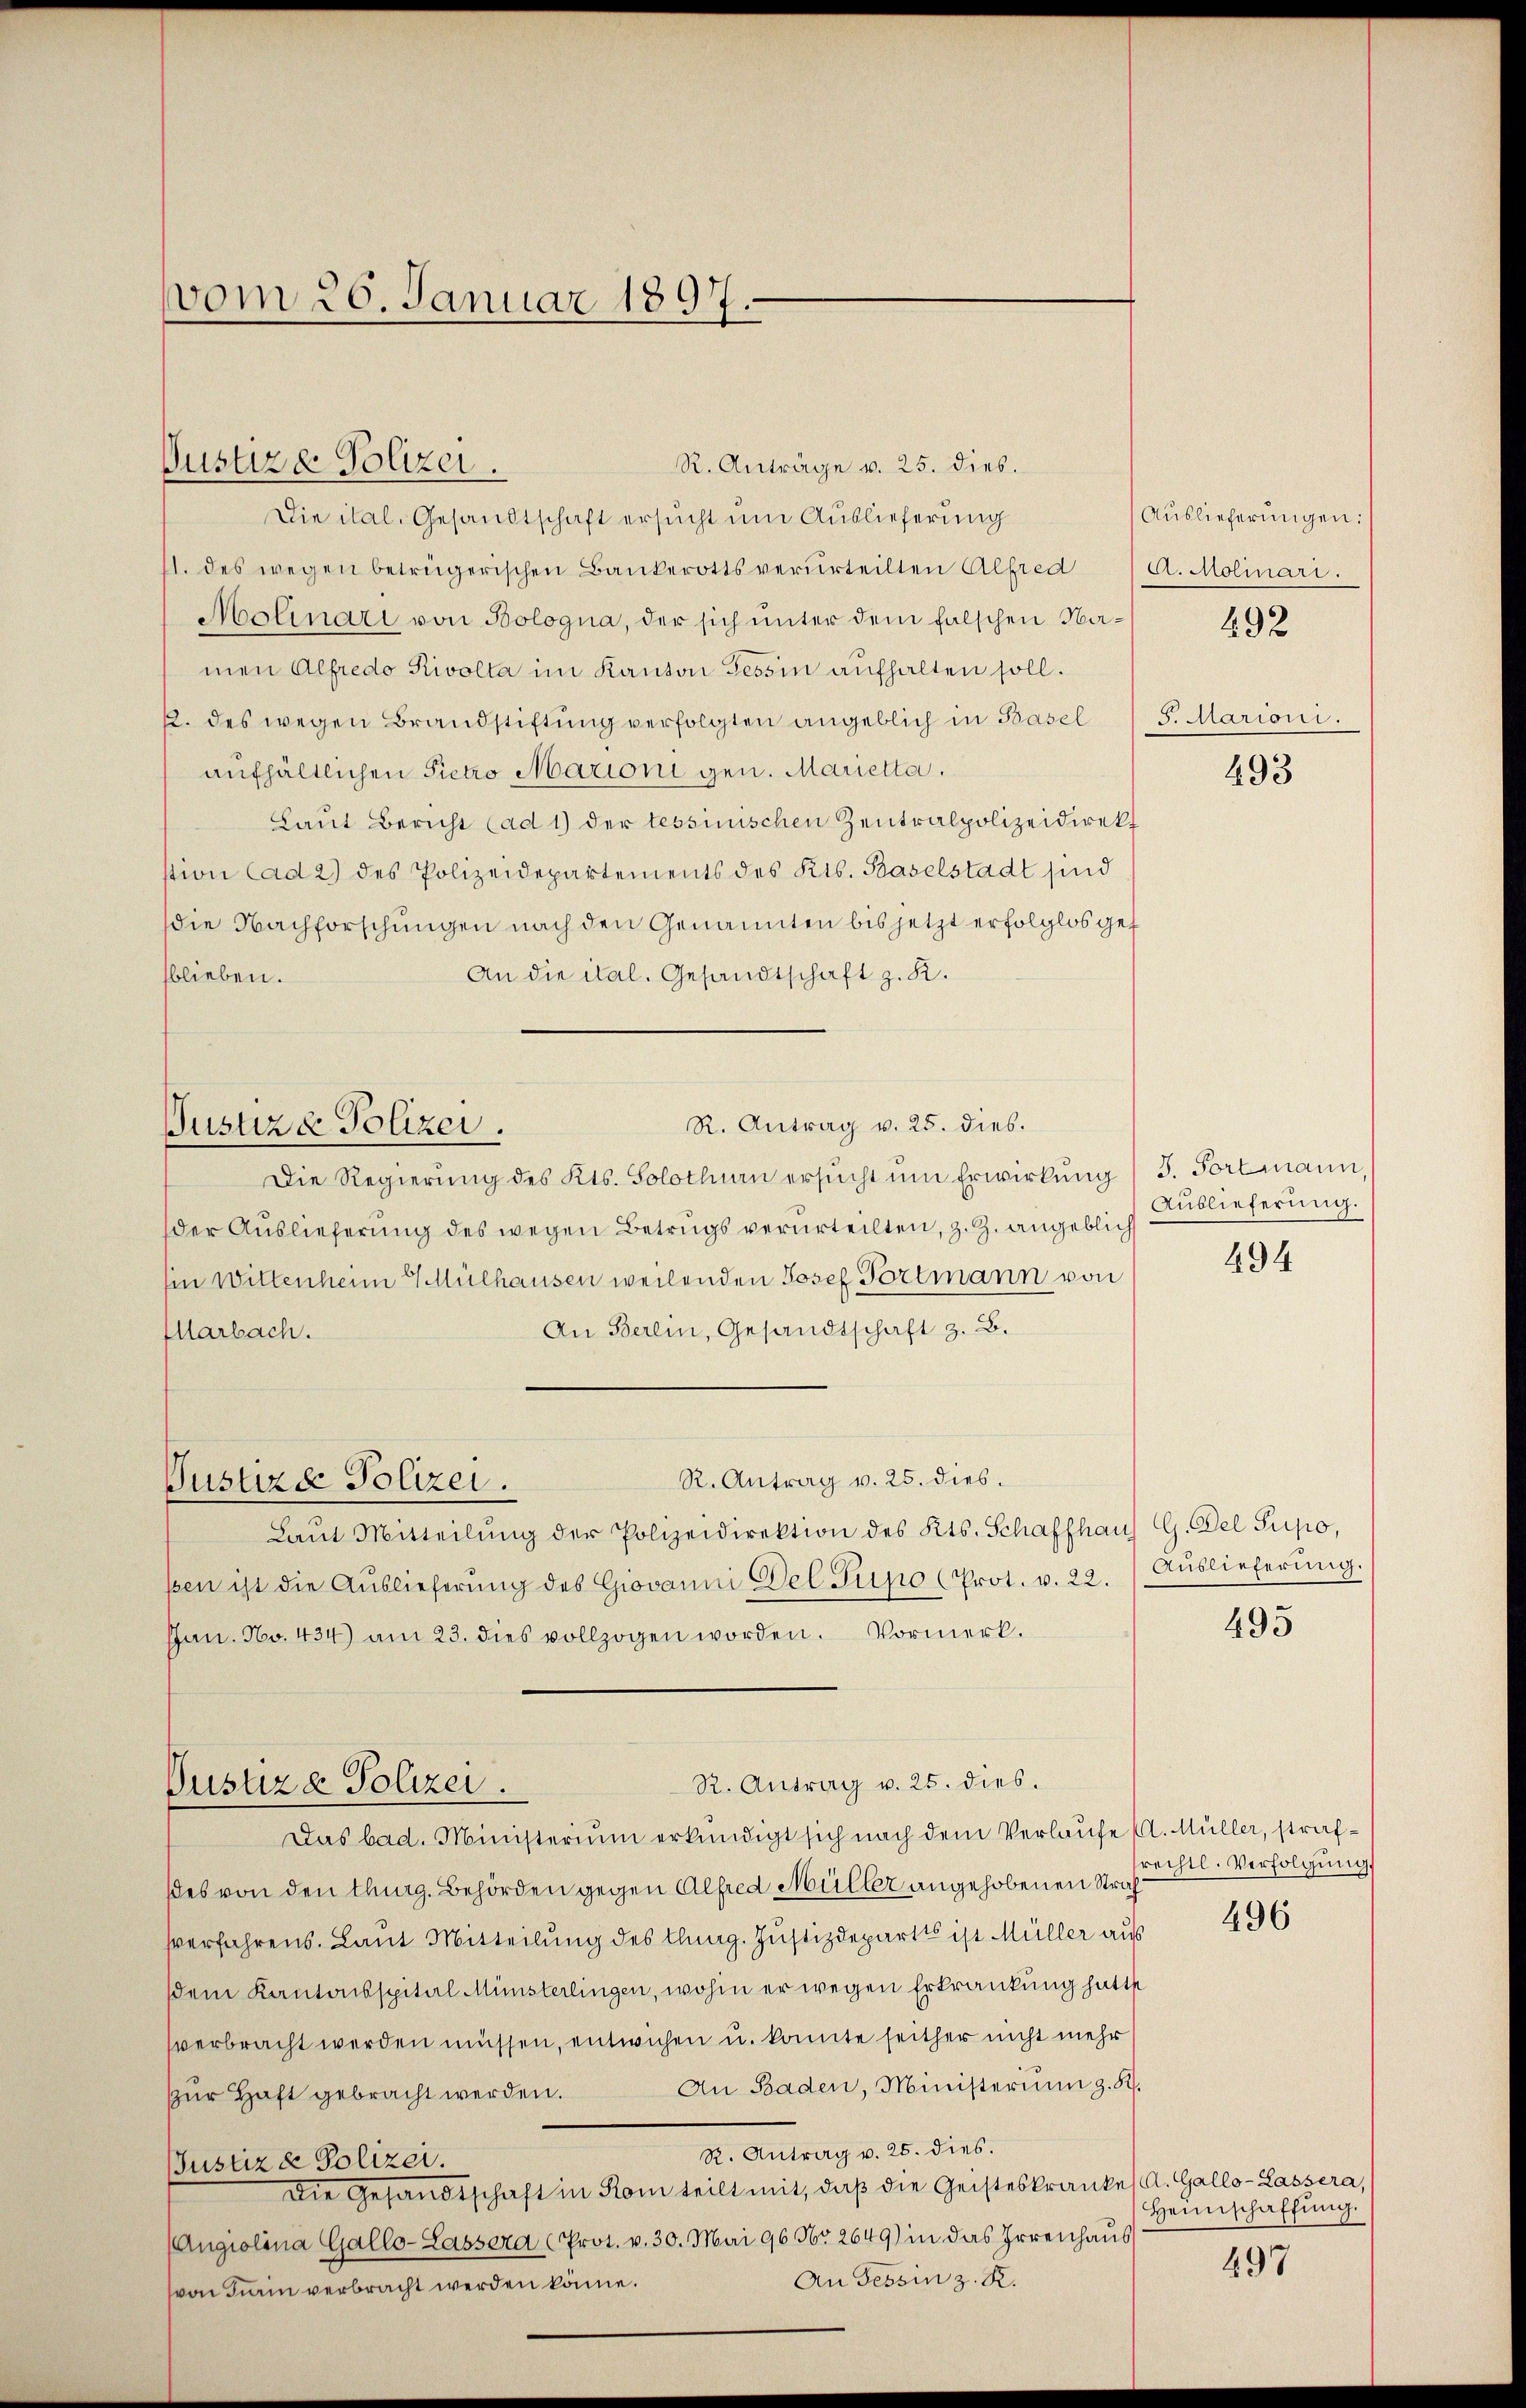
vom 26. Januar 1897.

Justiz- Polizei.

Die ital. Gesandtschaft ersucht um Auslieferung
11. des wegen betrügerischen Bankerotts verurteilten Alfred / d. Molinari.
Molinari von Bologna, der sich unter dem falschen Na-492
men Alfredo Rivolta im Kanton Tessin aufhalten soll.
2. des wegen Brandstiftŭng verfolgten angeblich in Basel / 5. Marioni.
aufhältlichen Pietro Marioni gen. Marietta.
Laut Bericht (ad 1) der tessinischen Zentralpolizeidirekt
stion ad 2) des Polizeidepartements des Kts. Baselstadt sind
die Nachforschungen nach den Genannten bis jetzt erfolglos gesblieben.
An die ital. Gesandtschaft z. K.
R. Antrag v. 25. dies.
Justiz & Polizei.
Die Regierŭng des Kts. Solothurn ersŭcht ŭm Erwirkŭng / 3. Fortmann,
der Auslieferung des wegen Betrugs verurteilten, z. Z. angeblich
Ein Wittenheim Mülhausen weilenden Josef Portmann von
An Berlin, Gesandtschaft z. B.
Ilarbach.
R. Antrag v. 25. dies.
Justizd Polizei.
Laŭt Mitteilŭng der Polizeidirektion des Kts. Schaffhaus G. Del Pupo,
sen ist die Aŭslieferŭng des Giovanni Del Pupo (Prot. v. 22. Auslieferŭng.
Inn. No. 434) am 23. dies vollzogen worden. Vormerk.

R. Anträge v. 25. dieb.

R. Antrag v. 25. dies.
Justiz & Polizei.

Das bad. Ministerium erkundigt sich nach dem Verlaufe (l. Müller, strafdes von den thurg. Behörden gegen Alfred Müller angehobenen Straf
sverfahrens. Laut Mitteilung des Clag. Justizdepartes ist Müller aus
sdem Kantonsspital Münsterlingen, wohin er wegen Erkrankung hatte
sverbracht werden müssen, entwichen u. konnte seither nicht mehr
An Baden, Ministerium z. B.
zŭr Haft gebracht werden.
R. Antrag v. 25. dies.
Justiz & Polizei.
Die Gesandtschaft in Rom teilt mit, daß die Geisteskrankes A. Gallo-Lassera,
(Angiolina Gallo-Lassera (Prot. v. 30. Mai 96 Nr. 2649) in das Irrenhaus
An Tessin z. R.
von Frain verbracht werden könne.

Auslieferungen:

493

Auslieferung.

494

495

srechtl. Verfolgung.
496

Heimschaffung.

497